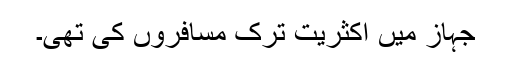
جہاز میں اکثریت ترک مسافروں کی تھی۔